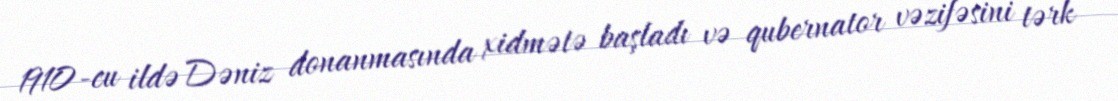
1910-cu ildə Dəniz donanmasında xidmətə başladı və qubernator vəzifəsini tərk